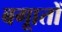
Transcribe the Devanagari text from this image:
बगाूतों